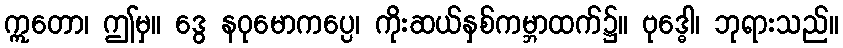
ဣတော၊ ဤမှ။ ဒွေ နဝုမောကပ္ပေ၊ ကိုးဆယ်နှစ်ကမ္ဘာထက်၌။ ဗုဒ္ဓေါ၊ ဘုရားသည်။